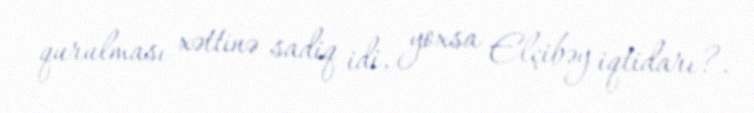
qurulması xəttinə sadiq idi, yoxsa Elçibəy iqtidarı?.